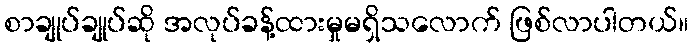
စာချုပ်ချုပ်ဆို အလုပ်ခန့်ထားမှုမရှိသလောက် ဖြစ်လာပါတယ်။